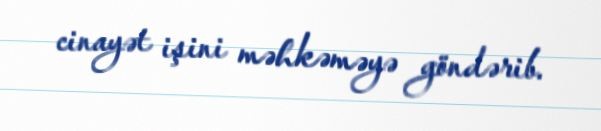
cinayət işini məhkəməyə göndərib.